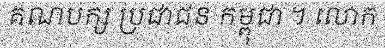
គណបក្ស ប្រជាជន កម្ពុជា ។ លោក